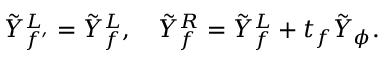
\tilde { Y } _ { f ^ { \prime } } ^ { L } = \tilde { Y } _ { f } ^ { L } , \quad \tilde { Y } _ { f } ^ { R } = \tilde { Y } _ { f } ^ { L } + t _ { f } \tilde { Y } _ { \phi } .